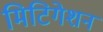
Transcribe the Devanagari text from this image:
मिटिगेशन